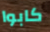
كابوا